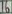
Text: 16